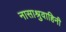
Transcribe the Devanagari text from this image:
नासाश्रुवाहिनी